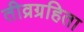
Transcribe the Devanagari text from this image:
तीव्रग्रहिता